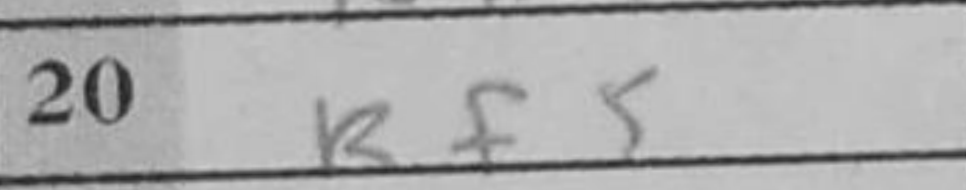
Transcription: Rf5